Leaving Certificate Examination, 1908
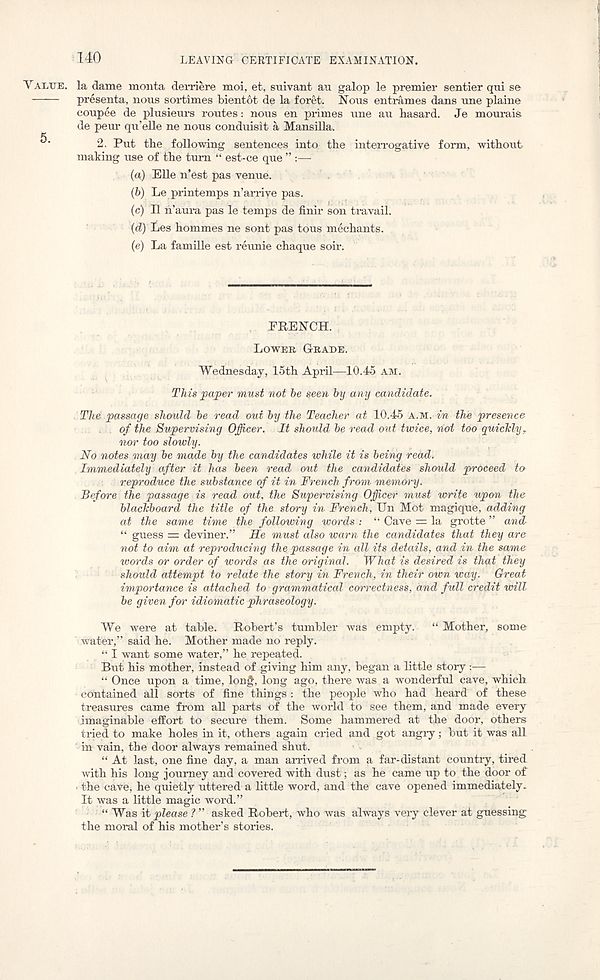
140
LEAVING' CERTIFICATE EXAMINATION.
VALUE.
5.
la dame monta derriere moi, et, suivant au galop le premier sentier qni se
presenta, nous sortimes bientot de la foret. Nous entrames dans une plaine
conpee de plusieurs routes: nous en primes une au hasard. Je mourais
de peur qu’elle ne nous conduisit a Mansilla.
2. Put the following sentences into the interrogative form, without
making use of the turn “ est-ce que ” :—
(«) Elle n’est pas venue.
(b) Le printemps n’arrive pas.
(e) II h’aura pas le temps de finir son travail.
(d) Les hommes ne sont pas tons mechants.
(e) La famille est reunie chaque soir.
FRENCH.
LOWER GRADE.
Wednesday, 15th April—10.45 AM.
This paper must not be seen by any candidate.
The passage should be read out by the Teacher at 10.45 A.M. in the presence
of the Supervising Officer. It should be read out twice, not too quicMyr
noi' too slowly.
No notes may be made by the candidates while it is being redd.
Immediately after it has been read out the candidates should proceed to
reproduce the substance of it in French from mem&ry.
Before the passage is read out, the Supervising Officer must write upon the
blackboard the title of the story in French, Un Mot magique, adding
at the same time the following words : “ Cave = la grotte ” and
“ guess = deviner.” He must also warn the candidates that they are
not to aim at reproducing the passage in all its details, and in the same
words or order of words as the original. What is desired is that they
should attempt to relate the story in French, in their own way. Great
importance is attached to grammatical correctness, and full credit will
be given for idiomatic phraseology.
We were at table. Robert’s tumbler was empty. “ Mother, some
water,” said he. Mother made no reply.
“ I want some water,” he repeated.
But his mother, instead of giving him any, began a little story:—
“ Once upon a time, long, long ago, there was a wonderful cave, which
contained all sorts of fine things : the people who had heard of these
treasures came from all parts of the world to see them, and made every
imaginable effort to secure them. Some hammered at the door, others
tried to make holes in it, others again cried and got angry; but it was all
in vain, the door always remained shut.
“ At last, one fine day, a man arrived from a far-distant country, tired
with his long journey and covered with dust; as he came up to the door of
-the cave, he quietly uttered a little word, and the cave opened immediately.
It was a little magic word.”
“ Was it please ? ” asked Robert, who was always very clever at guessing
the moral of his mother’s stories.